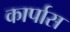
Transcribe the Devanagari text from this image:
कार्पास